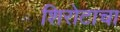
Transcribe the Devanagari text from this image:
शिरोटाचा